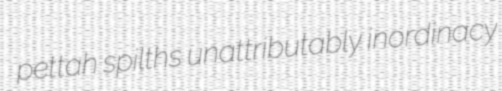
pettah spilths unattributably inordinacy